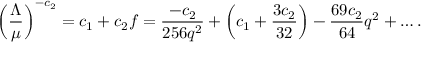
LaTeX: \left( { \frac { \Lambda } { \mu } } \right) ^ { - c _ { 2 } } = c _ { 1 } + c _ { 2 } f = { \frac { - c _ { 2 } } { 2 5 6 q ^ { 2 } } } + \left( c _ { 1 } + { \frac { 3 c _ { 2 } } { 3 2 } } \right) - { \frac { 6 9 c _ { 2 } } { 6 4 } } q ^ { 2 } + \dots .